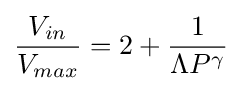
{\frac {V_{in}}{V_{max}}}=2+{\frac {1}{\Lambda P^{\gamma }}}